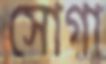
সোগা